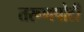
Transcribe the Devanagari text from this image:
तरूणपोटी